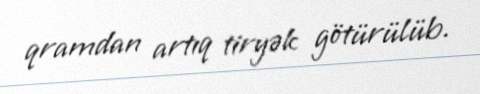
qramdan artıq tiryək götürülüb.